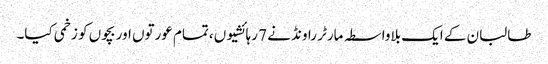
طالبان کے ایک بلاواسطہ مارٹر راونڈ نے 7 رہائشیوں ،تمام عورتوں اور بچوں کو زخمی کیا۔